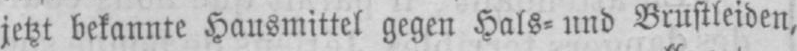
jetzt bekannte Hausmittel gegen Hals⸗ und Brustleiden,